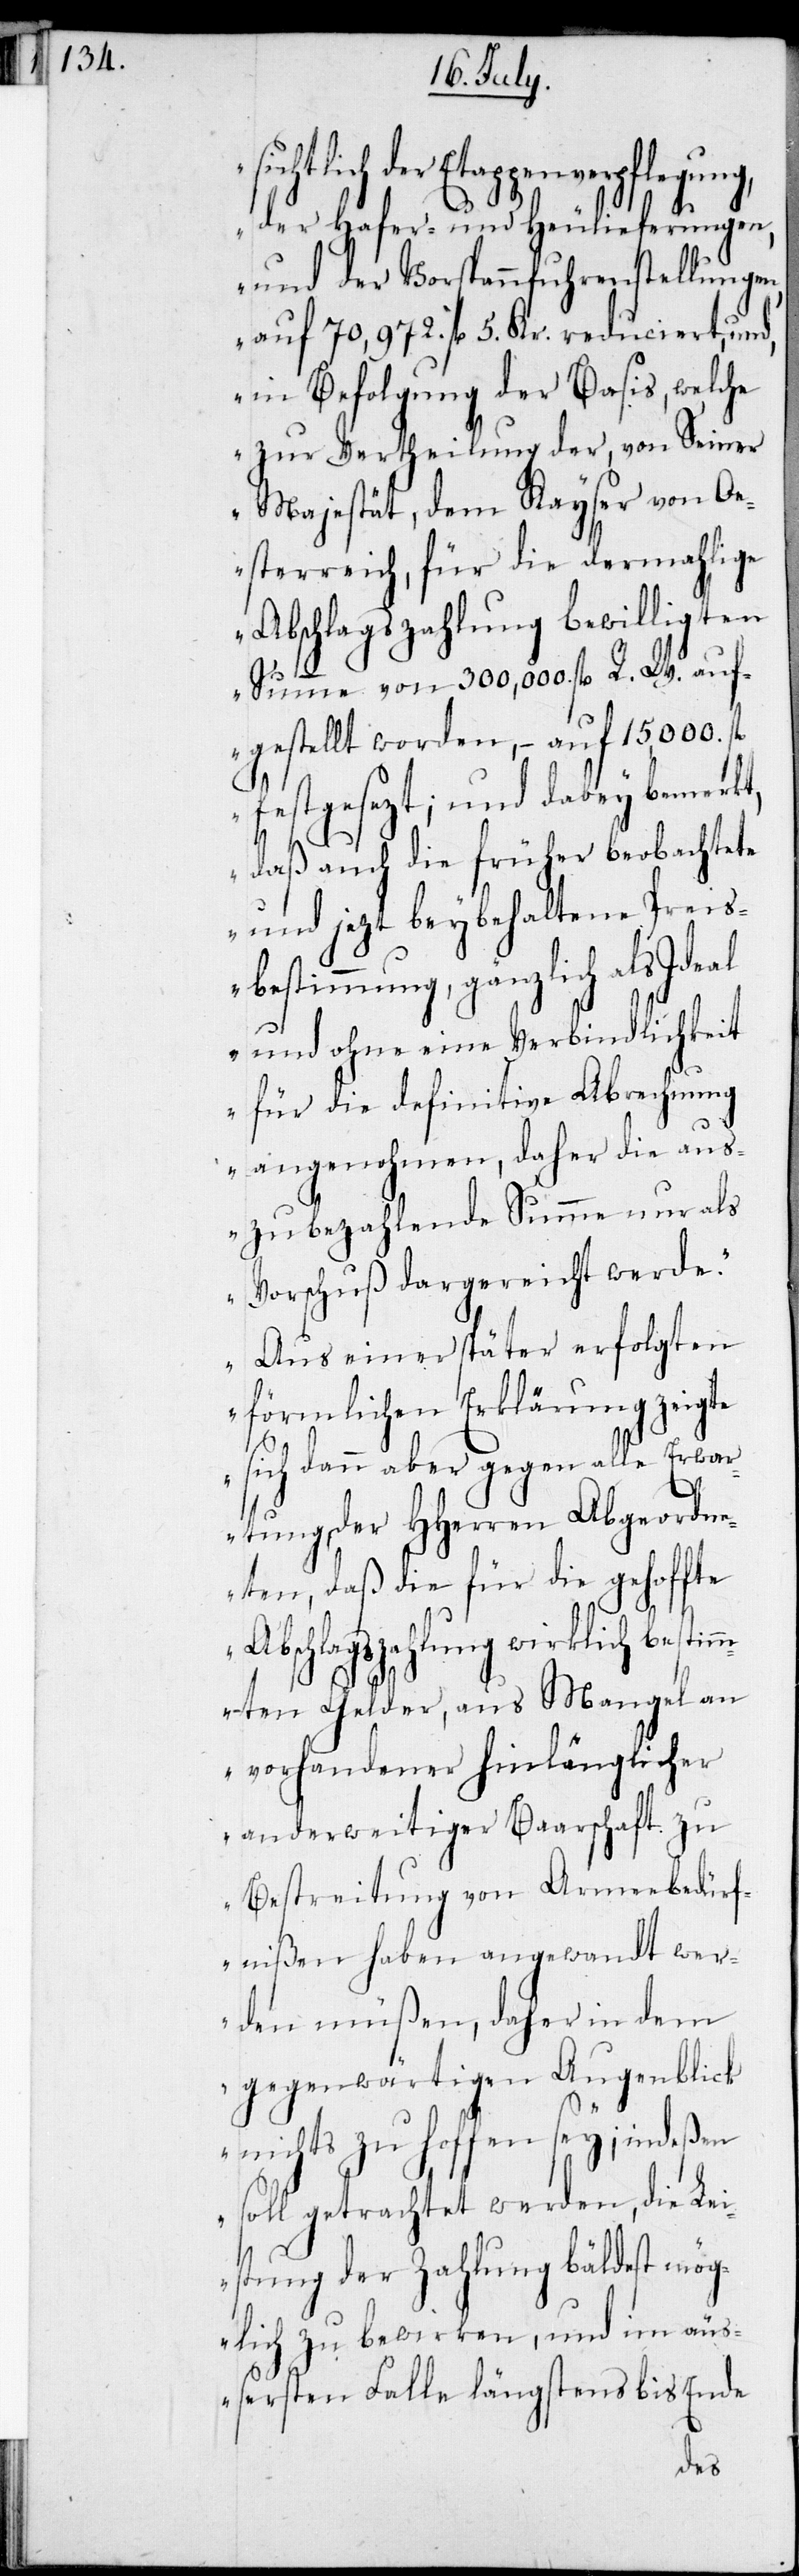
Etappenverpflegung,
der Hafer- und Heulieferungen,
und der Vorspannfuhrenstellungen
auf 70,972. fl. 5. Kr. reduciert, und,
in Befolgung der Basis, welche
zur Vertheilung der, von Seiner
Majestät, dem Kayser von Oe¬
sterreich, für die dermahlige
Abschlagszahlung bewilligten
Summe von 300,000. fl. R. W. auf¬
gestellt worden, – auf 15,000 fl.
festgesezt; und dabey bemerkt,
A¬
daß auch die früher beobachtete
und jetzt beybehaltene Preis¬
und ohne eine Verbindlichkeit
für die definitive Abrechnung
angenohmen, daher die aus¬
zubezahlende Summe nur als
Vorschuß dargereicht werde.
Aus einer später erfolgten
förmlichen Erklärung zeigte
sich dann aber gegen alle Erwa¬
rtungen der HHerren Abgeordn¬
eten, daß die für die gehoffte
bschlagszahlung wirklich best¬
immten Gelder, aus Mangel an
vorhandener hinlänglicher
anderweitiger Baarschaft zu
Bestreitung von Armeebedürf¬
nißen haben angewandt wer¬
den müßen, daher in dem
gegenwärtigen Augenblick
nichts zu hoffen sey; indeßen
soll getrachtet werden, die Lei¬
stung der Zahlung bäldest mög¬
lich zu bewirken, und im äuß¬
ersten Falle längstens bis Ende